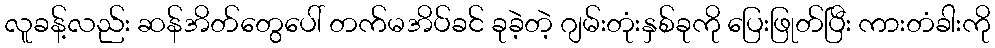
လူခန့်လည်း ဆန်အိတ်တွေပေါ် တက်မအိပ်ခင် ခုခဲ့တဲ့ ဂျမ်းတုံးနှစ်ခုကို ပြေးဖြုတ်ပြီး ကားတံခါးကို